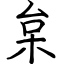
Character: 枲